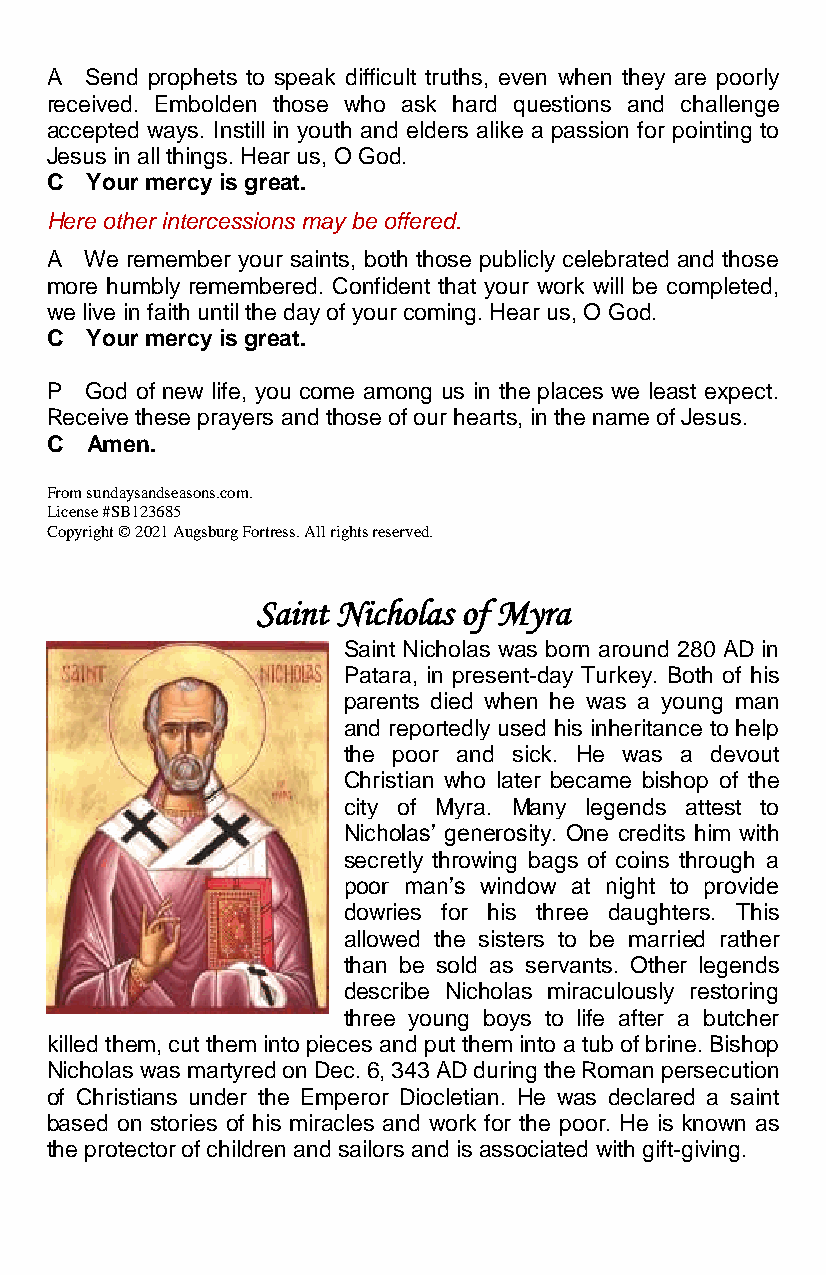
A  Send prophets to speak difficult truths, even when they are poorly
 received. Embolden those who ask hard questions and challenge
 accepted ways. Instill in youth and elders alike a passion for pointing to
 Jesus in all things. Hear us, O God.
 C  Your mercy is great.
 Here other intercessions may be offered.
 A  We remember your saints, both those publicly celebrated and those
 more humbly remembered. Confident that your work will be completed,
 we live in faith until the day of your coming. Hear us, O God.
 C  Your mercy is great.
 P  God of new life, you come among us in the places we least expect.
 Receive these prayers and those of our hearts, in the name of Jesus.
 C  Amen.
 From sundaysandseasons.com.
 License #SB123685
 Copyright © 2021 Augsburg Fortress. All rights reserved.
 Saint Nicholas of Myra
 Saint Nicholas was born around 280 AD in
 Patara, in present-day Turkey. Both of his
 parents died when he was a young man
 and reportedly used his inheritance to help
 the poor and sick. He was a devout
 Christian who later became bishop of the
 city of Myra. Many legends attest to
 Nicholas’ generosity. One credits him with
 secretly throwing bags of coins through a
 poor man’s window at night to provide
 dowries for his three daughters. This
 allowed the sisters to be married rather
 than be sold as servants. Other legends
 describe Nicholas miraculously restoring
 three young boys to life after a butcher
 killed them, cut them into pieces and put them into a tub of brine. Bishop
 Nicholas was martyred on Dec. 6, 343 AD during the Roman persecution
 of Christians under the Emperor Diocletian. He was declared a saint
 based on stories of his miracles and work for the poor. He is known as
 the protector of children and sailors and is associated with gift-giving.